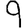
Digit: 9